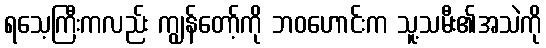
ရသေ့ကြီးကလည်း ကျွန်တော့်ကို ဘဝဟောင်းက သူ့သမီး၏အသဲကို